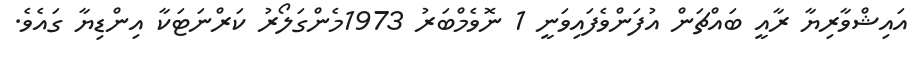
އައިޝްވާރިޔާ ރާއީ ބައްޗަން އުފަންވެފައިވަނީ 1 ނޮވެމްބަރު 1973މެންގަލޯރު ކަރްނަޓަކާ އިންޑިޔާ ގައެވެ.